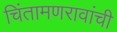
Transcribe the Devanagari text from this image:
चिंतामणरावांची